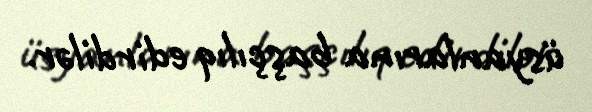
üsyanlarına başçılıq edirdilər.